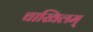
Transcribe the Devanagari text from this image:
चाखिलम्